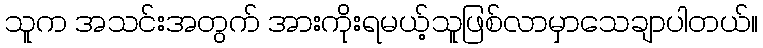
သူက အသင်းအတွက် အားကိုးရမယ့်သူဖြစ်လာမှာသေချာပါတယ်။